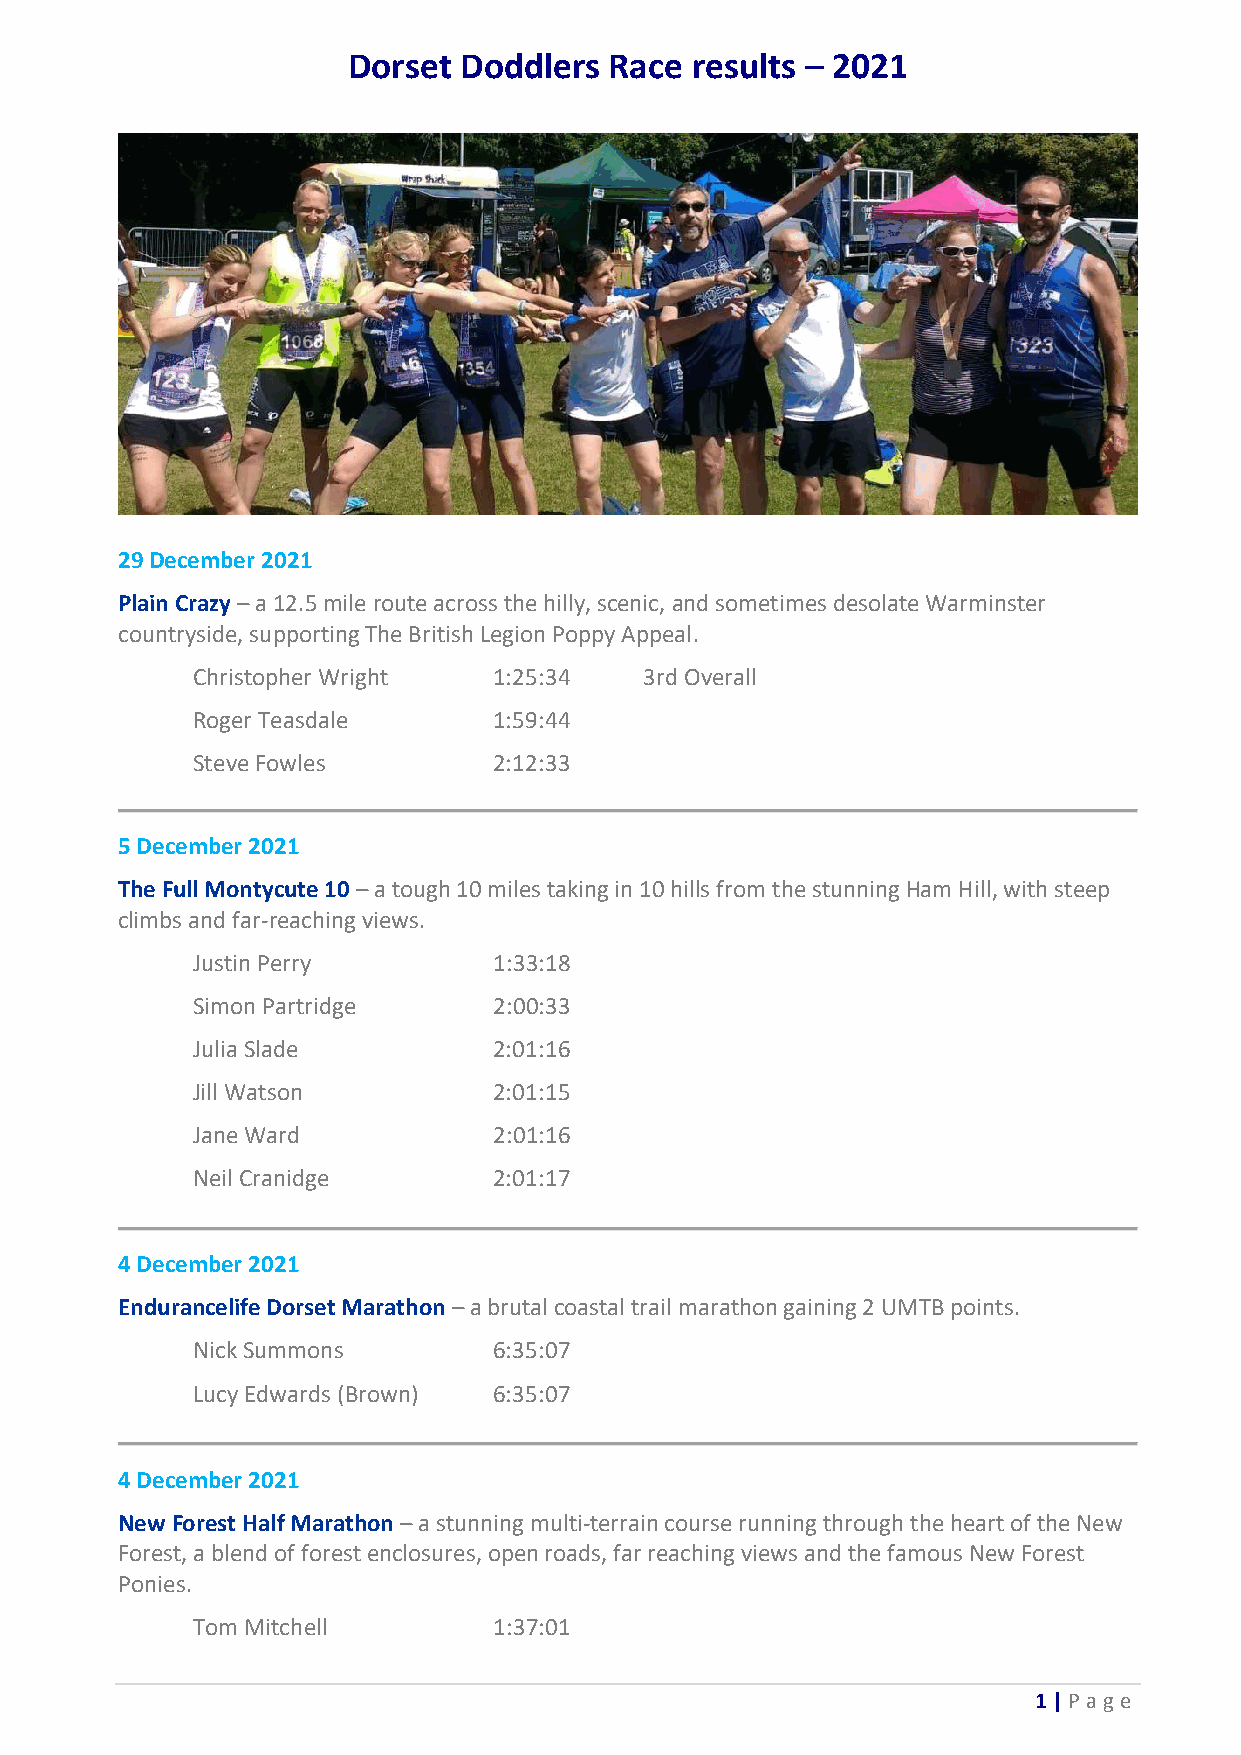
Dorset Doddlers  Race  results – 2021
 29 December 2021
 Plain Crazy – a 12.5 mile route across the hilly, scenic, and sometimes desolate Warminster
 countryside, supporting The British Legion Poppy Appeal.
 Christopher Wright  1:25:34   3rd Overall
 Roger Teasdale      1:59:44
 Steve Fowles        2:12:33
 5 December 2021
 The Full Montycute 10 – a tough 10 miles taking in 10 hills from the stunning Ham Hill, with steep
 climbs and far-reaching views.
 Justin Perry        1:33:18
 Simon Partridge     2:00:33
 Julia Slade         2:01:16
 Jill Watson         2:01:15
 Jane Ward           2:01:16
 Neil Cranidge       2:01:17
 4 December 2021
 Endurancelife Dorset Marathon – a brutal coastal trail marathon gaining 2 UMTB points.
 Nick Summons        6:35:07
 Lucy Edwards (Brown) 6:35:07
 4 December 2021
 New Forest Half Marathon – a stunning multi-terrain course running through the heart of the New
 Forest, a blend of forest enclosures, open roads, far reaching views and the famous New Forest
 Ponies.
 Tom Mitchell        1:37:01
 1 | P age